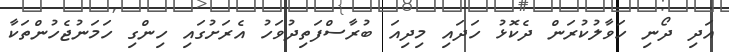
އަދި ދޯނި ހަވާލުކުރަން ދެކޮޅު ހަދައި މިދިއަ ބުރާސްފަތިދުވަހު އެރަށުގައި ހިންގި ހަމަނުޖެހުންތަކާ